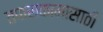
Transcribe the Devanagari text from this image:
तपासकामासाठी